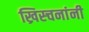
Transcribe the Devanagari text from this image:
ख्रिस्चनांनी